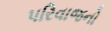
પરિવાજનો